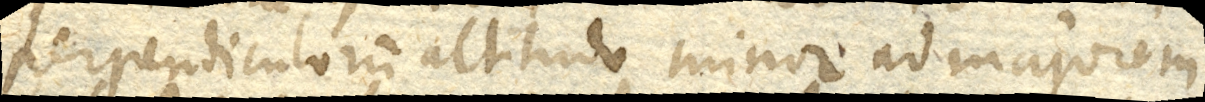
perpendiculorum altitudo minor ad majorem